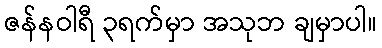
ဇန်နဝါရီ ၃ရက်မှာ အသုဘ ချမှာပါ။